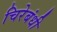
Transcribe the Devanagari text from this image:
चिरेबंधी